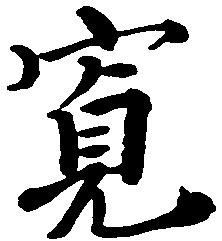
寛